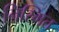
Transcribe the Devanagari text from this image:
निस्मित